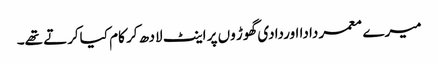
میرے معمر دادا اوردادی گھوڑ وں پر اینٹ لادھ کر کام کیاکرتے تھے۔